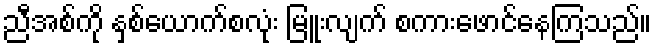
ညီအစ်ကို နှစ်ယောက်စလုံး မြူးလျက် စကားဖောင်နေကြသည်။